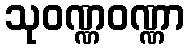
သုဝဏ္ဏဝဏ္ဏာ